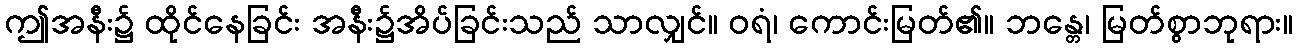
ဤအနီး၌ ထိုင်နေခြင်း အနီး၌အိပ်ခြင်းသည် သာလျှင်။ ဝရံ၊ ကောင်းမြတ်၏။ ဘန္တေ၊ မြတ်စွာဘုရား။